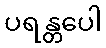
ပရန္တပေါ